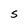
Character: S